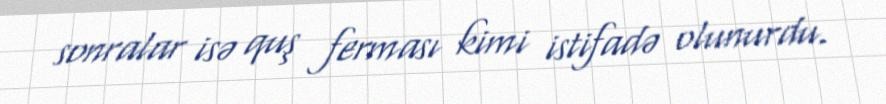
sonralar isə quş ferması kimi istifadə olunurdu.